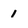
Character: 1